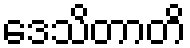
ဒေသိတာတိ